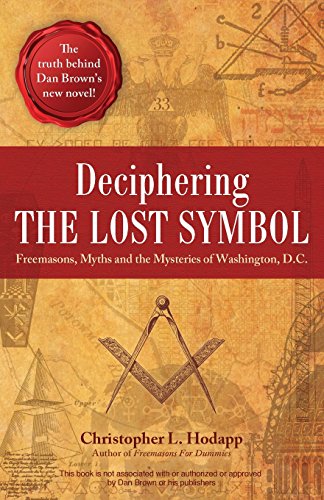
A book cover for Deciphering the Lost Symbol: Freemasons, Myths and the Mysteries of Washington, D.C.; Christopher L. Hodapp; Mystery, Thriller & Suspense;